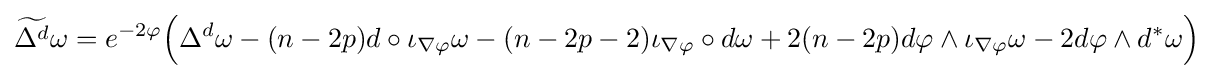
{\widetilde {\Delta ^{d}}}\omega =e^{-2\varphi }{\Big (}\Delta ^{d}\omega -(n-2p)d\circ \iota _{\nabla \varphi }\omega -(n-2p-2)\iota _{\nabla \varphi }\circ d\omega +2(n-2p)d\varphi \wedge \iota _{\nabla \varphi }\omega -2d\varphi \wedge d^{\ast }\omega {\Big )}